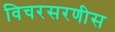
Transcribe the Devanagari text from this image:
विचरसरणीस